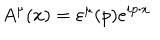
A ^ { \mu } ( x ) = \varepsilon ^ { \mu } ( p ) e ^ { i p \cdot x }